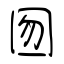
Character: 囫